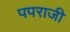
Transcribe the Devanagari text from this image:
पपराजी